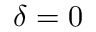
\delta = 0